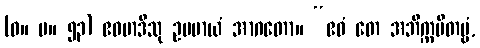
(ဓ။ ပ။ ၅၃) ဧဝမာဒီသု ဥပမာယံ အာဂတော။ “ဧဝံ တေ အဘိက္ကမိတဗ္ဗံ,